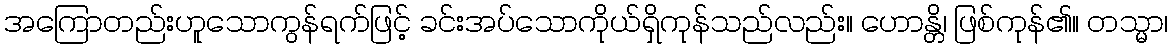
အကြောတည်းဟူသောကွန်ရက်ဖြင့် ခင်းအပ်သောကိုယ်ရှိကုန်သည်လည်း။ ဟောန္တိ၊ ဖြစ်ကုန်၏။ တသ္မာ၊